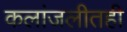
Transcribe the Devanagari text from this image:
कलांजलीतही